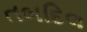
તબદિલ